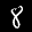
Label: 8